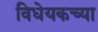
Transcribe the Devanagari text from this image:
विधेयकच्या